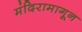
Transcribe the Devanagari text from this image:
मंदिरामागून